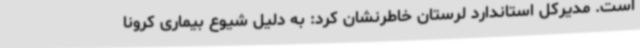
است. مدیرکل استاندارد لرستان خاطرنشان کرد: به دلیل شیوع بیماری کرونا